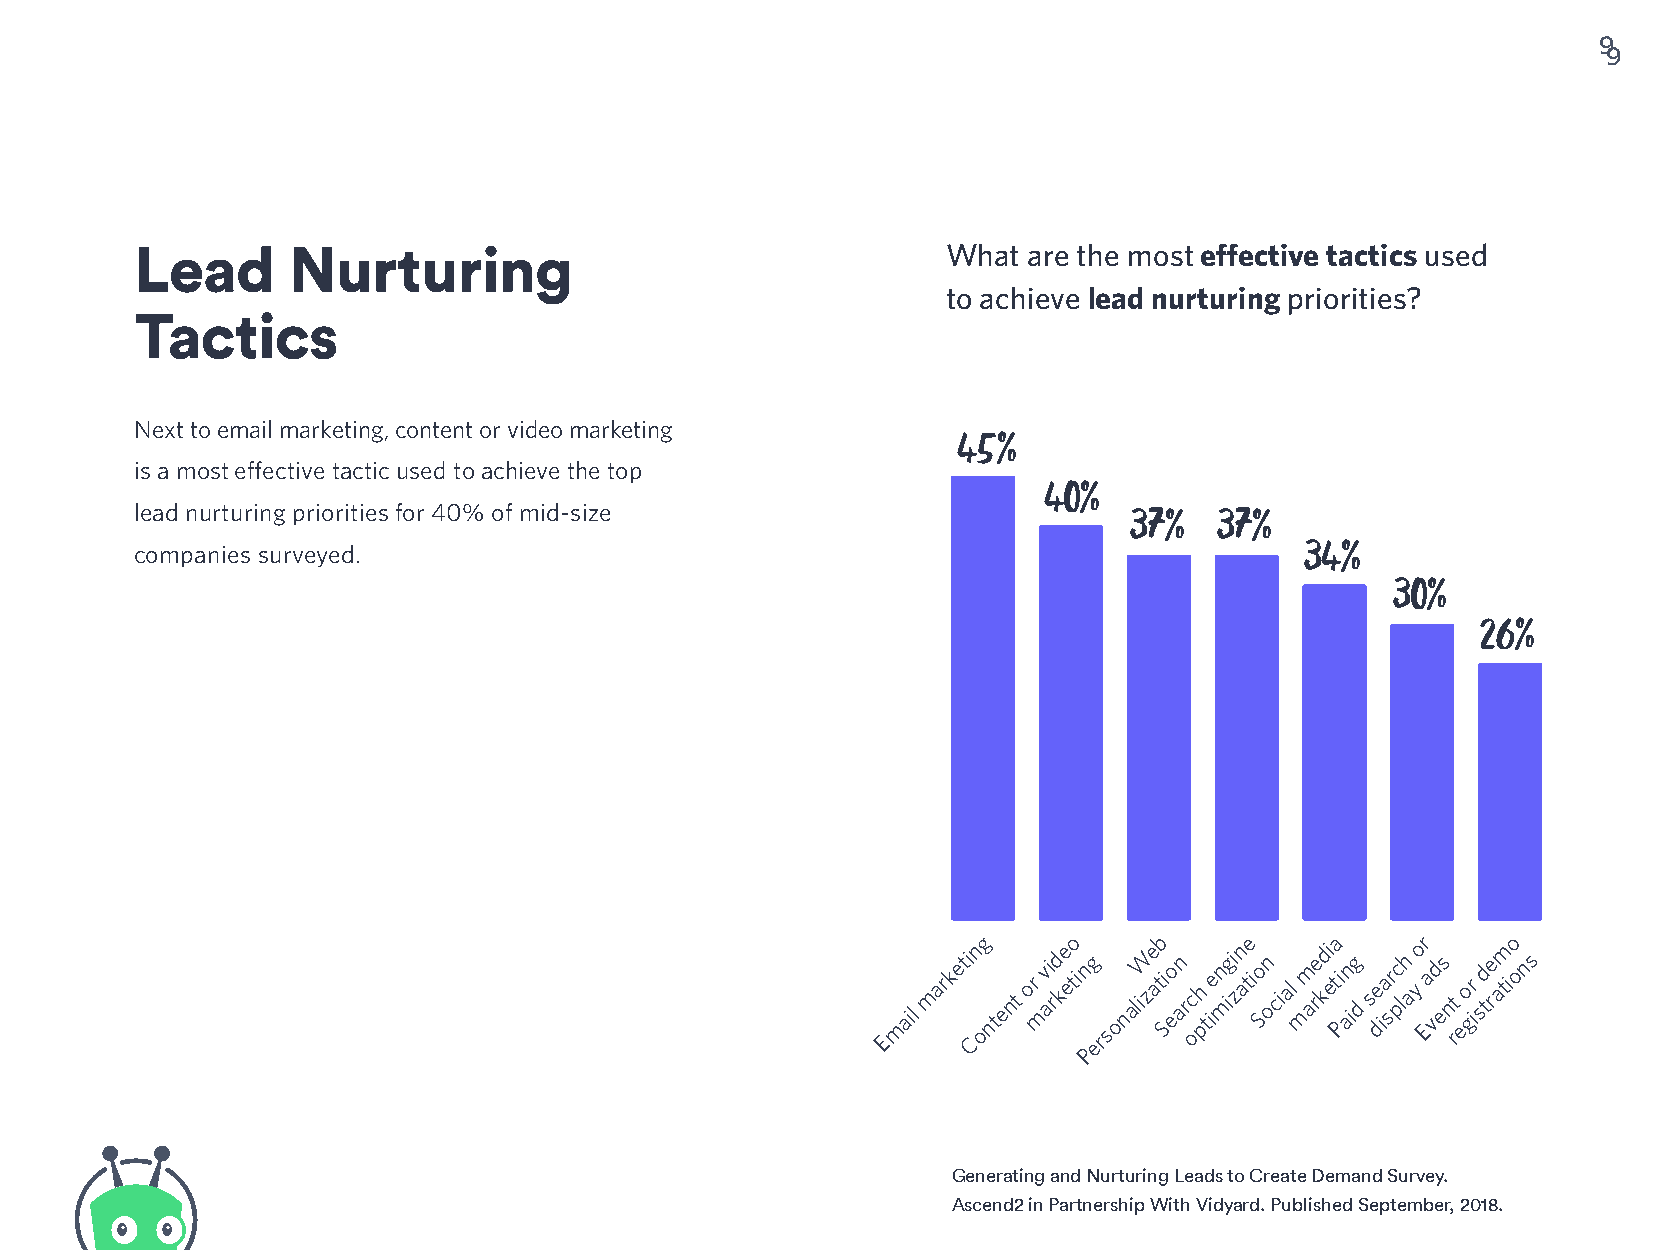
9
 9
 Lead      Nurturing                                   What are the most effective tactics used
 to achieve lead nurturing priorities?
 Tactics
 Next to email marketing, content or video marketing 50
 45%
 is a most effective tactic used to achieve the top
 40%
 lead nurturing priorities for 40% of mid-size                     37%   37%
 40
 34%
 companies surveyed.
 30%
 30                                    26%
 20
 10
 0
 Email marketi
 Cn og
 ntent or mv ai rd
 ke eto
 i ng ersonaliW
 ze atb
 Si eo an rc oh
 p
 tien migi
 zn ate
 i o Sn ocial mm are
 kdi eta
 Pi an ig d s de ia sr pc lh a
 yo r
 Ea vd es n rt eo gr i sd tre
 atm io
 o ns
 P
 Generating and Nurturing Leads to Create Demand Survey.
 Ascend2 in Partnership With Vidyard. Published September, 2018.